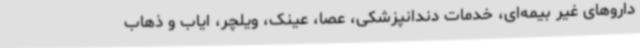
داروهای غیر بیمه‌ای، خدمات دندانپزشکی، عصا، عینک، ویلچر، ایاب و ذهاب